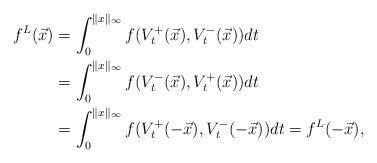
LaTeX: \begin{align*}f^{L}(\vec x)&=\int_0^{\|x\|_\infty} f(V_t^+(\vec x),V_t^-(\vec x))d t\\&=\int_0^{\|x\|_\infty} f(V_t^-(\vec x),V_t^+(\vec x))d t\\&=\int_0^{\|x\|_\infty} f(V_t^+(-\vec x),V_t^-(-\vec x))d t =f^{L}(-\vec x),\end{align*}